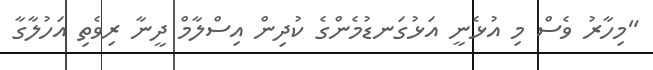
"މިހާރު ވެސް މި އުޅެނީ އަޅުގަނޑުމެންގެ ކުދިން އިސްލާމް ދީނާ ރިވެތި އަހުލާގާ